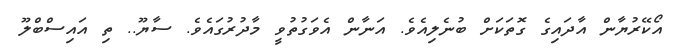
އޯކޭރުޔާން އާދައިގެ ގޮތަކަށް ބުނެލިއެވެ. އަނާން އެވަގުތުވީ މާދުރުގައެވެ. ސާޔޫ.. ތި އައިސްބްލޫ